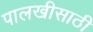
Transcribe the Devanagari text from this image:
पालखीसाठी